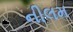
નીલમ